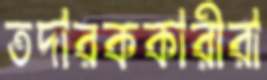
তদারককারীরা